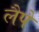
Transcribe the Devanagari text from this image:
लैपे